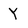
Character: Y